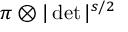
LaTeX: \pi \otimes | \operatorname* { d e t } | ^ { s / 2 }